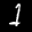
Label: 1